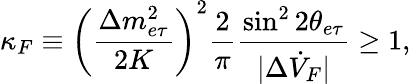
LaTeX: \kappa_{F}\equiv\left(\frac{\Delta m_{e\tau}^{2}}{2K}\right)^{2}\frac{2}{\pi}\frac{\sin^{2}2\theta_{e\tau}}{|\Delta\dot{V}_{F}|}\geq 1,